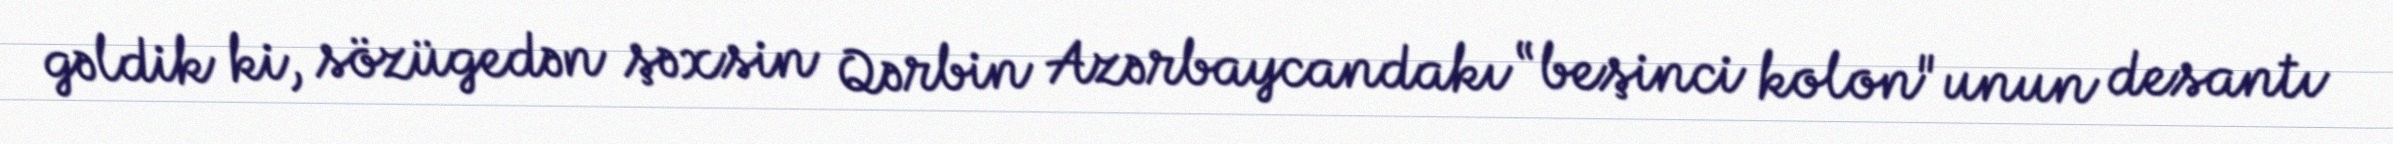
gəldik ki, sözügedən şəxsin Qərbin Azərbaycandakı “beşinci kolon"unun desantı